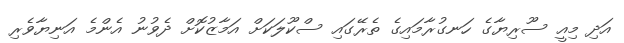
އަދި މިއީ ސޫރިޔާގެ ހަނގުރާމައިގެ ތެރޭގައި ސްކޫލަކަށް އަމާޒުކޮށް ދެވުނު އެންމެ އަނިޔާވެރި